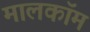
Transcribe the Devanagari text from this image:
मालकॉम